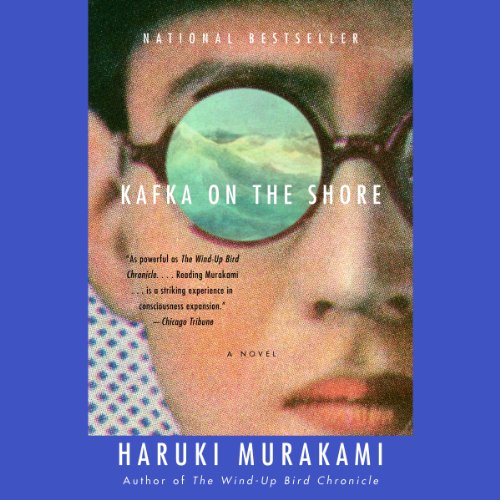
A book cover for Kafka on the Shore; Haruki Murakami; Science Fiction & Fantasy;